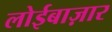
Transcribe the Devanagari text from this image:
लोईबाज़ार